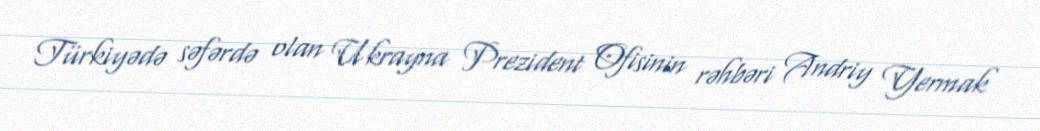
Türkiyədə səfərdə olan Ukrayna Prezident Ofisinin rəhbəri Andriy Yermak